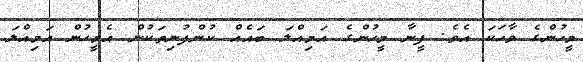
މީހުންގެ ވާހަކަ އެެވެ. ފީނާ މީހުންގެ އަމިއްލަ ބައެއް ކުންފުނިތަކުން އެމީހުން އަމިއްލަ